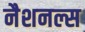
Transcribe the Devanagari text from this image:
नैशनल्स